Scientific memoirs by medical officers of the Army of India - Part X,
Year: 1897
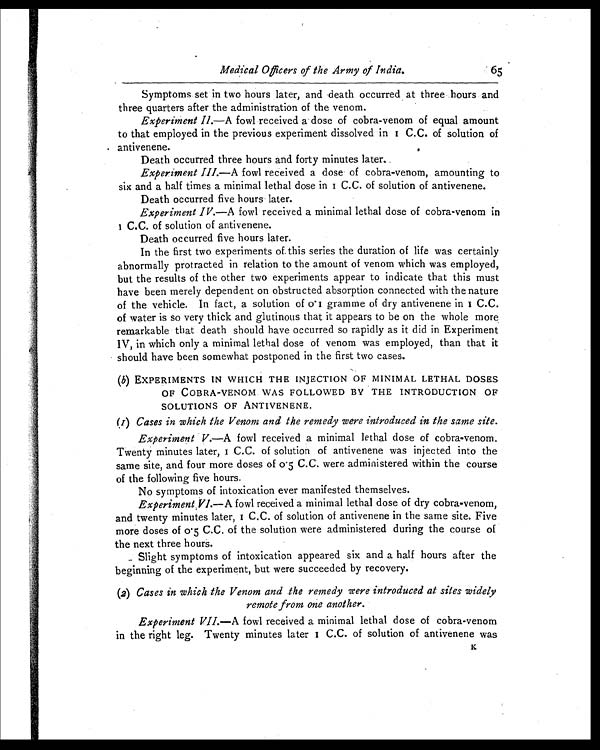
Medical Officers of the Army of India.
65
Symptoms set in two hours later, and death occurred at three hours and
three quarters after the administration of the venom.
Experiment II.—A fowl received a dose of cobra-venom of equal amount
to that employed in the previous experiment dissolved in 1 C.C. of solution of
antivenene.
Death occurred three hours and forty minutes later.
Experiment III. —A fowl received a dose of cobra-venom, amounting to
six and a half times a minimal lethal dose in 1 C.C. of solution of antivenene.
Death occurred five hours later.
Experiment IV. —A fowl received a minimal lethal dose of cobra-venom in 1
C.C. of solution of antivenene.
Death occurred five hours later.
In the first two experiments of this series the duration of life was certainly
abnormally protracted in relation to the amount of venom which was employed,
but the results of the other two experiments appear to indicate that this must
have been merely dependent on obstructed absorption connected with the nature
of the vehicle. In fact, a solution of 0.1 gramme of dry antivenene in 1 C.C.
of water is so very thick and glutinous that it appears to be on the whole more
remarkable that death should have occurred so rapidly as it did in Experiment
IV, in which only a minimal lethal dose of venom was employed, than that it
should have been somewhat postponed in the first two cases.
(b) EXPERIMENTS IN WHICH THE INJECTION OF MINIMAL LETHAL DOSES
OF COBRA-VENOM WAS FOLLOWED BY THE INTRODUCTION OF
SOLUTIONS OF ANTIVENENE.
(1) Cases in which the Venom and the remedy were introduced in the same site.
Experiment V.—A fowl received a minimal lethal dose of cobra-venom.
Twent y mi nut es l at er, 1 C. C. of sol ut i on of ant i venene was i nj ect ed i nt o t he
same site, and four more doses of 0.5 C.C. were administered within the course
of the following five hours.
No symptoms of intoxication ever manifested themselves.
Experiment VI.— A
f o w l r e c e i v e d a m i n i m a l l e t h a l d o s e o f d r y c o b r a - v e n o m ,
and twenty mi nutes l ater, 1 C. C. of sol uti on of anti venene i n the same si te. Fi ve
more doses of 0.5 C.C. of the solution were administered during the course of
the next three hours.
Slight symptoms of intoxication appeared six and a half hours after the
beginning of the experiment, but were succeeded by recovery.
(2) Cases in which the Venom and the remedy were introduced at sites widely
remote from one another.
Experiment VII —A fowl received a minimal lethal dose of cobra-venom
in the right leg. Twenty minutes later 1 C.C. of solution of antivenene was k